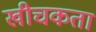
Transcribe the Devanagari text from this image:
खीचकता